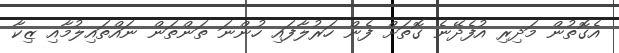
އެގޮތުން މަދިރި އުފެދޭނެ ގޮތަށް ފެން ހަރުލާފައި ހުންނަ ތަންތަން ނައްތައިލުމާއި ޒިކާ